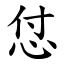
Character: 怤